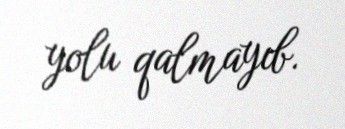
yolu qalmayıb.